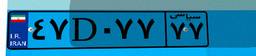
۴۷D۰۷۷۷۷